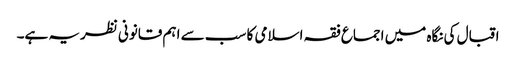
اقبال کی نگاہ میں اجماع فقہ اسلامی کا سب سے اہم قانونی نظریہ ہے۔